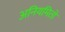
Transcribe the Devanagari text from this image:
अनियमितों